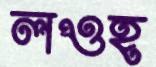
লওহ